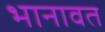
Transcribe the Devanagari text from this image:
भानावत